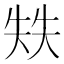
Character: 𰋣